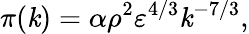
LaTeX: \pi(\mathit{k})=\alpha\rho^{2}\varepsilon^{4/3}\mathit{k}^{-7/3},